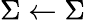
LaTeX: \Sigma\leftarrow\Sigma